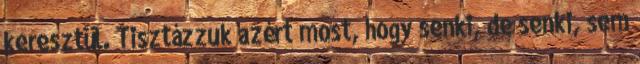
keresztül. Tisztázzuk azért most, hogy senki, de senki, sem